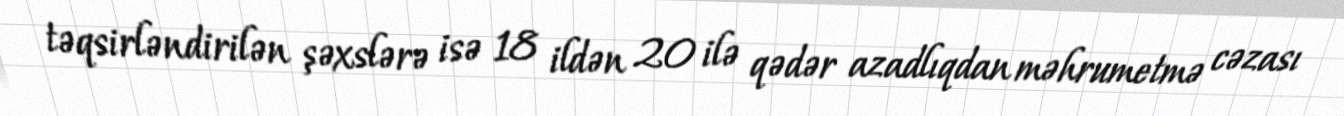
təqsirləndirilən şəxslərə isə 18 ildən 20 ilə qədər azadlıqdan məhrumetmə cəzası